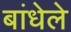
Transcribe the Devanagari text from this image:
बांधेले